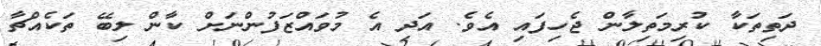
ދަތިތަކާ ކުރިމަތިލާން ޖެހިފައި އެވެ. އަދި އެ މުވައްޒަފުންނަށް ކާން ލިބޭ ތަކެއްޗާ